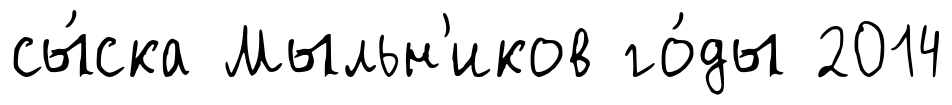
сы́ска Мыльн'иков го́ды 2014